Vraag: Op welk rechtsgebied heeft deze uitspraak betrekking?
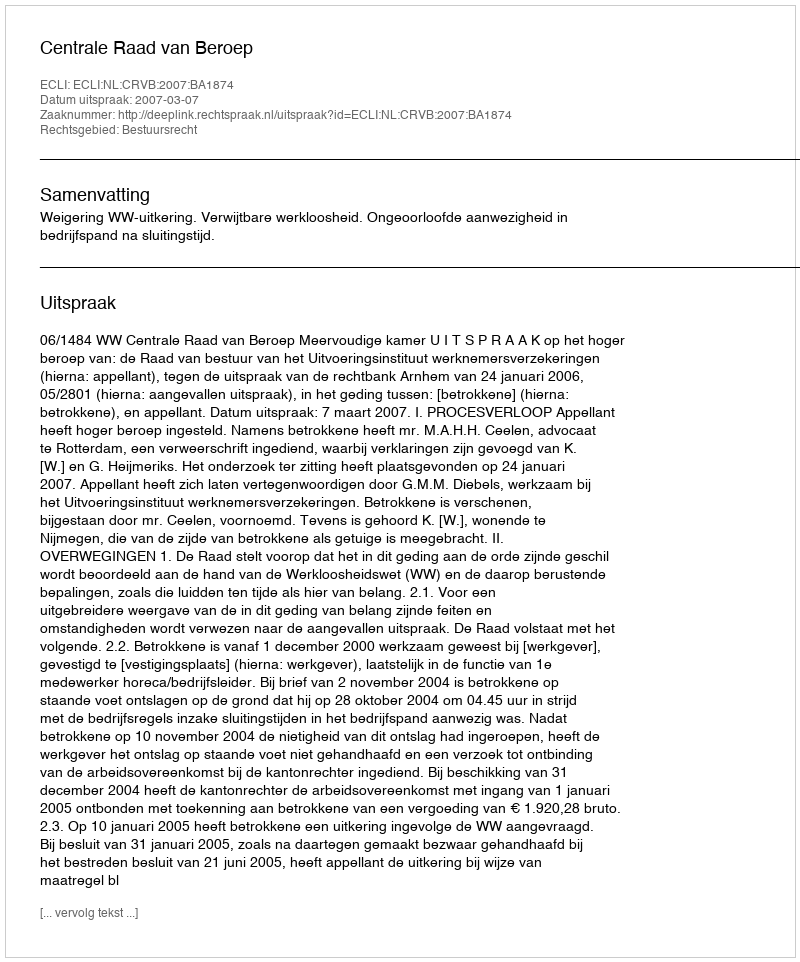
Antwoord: Bestuursrecht